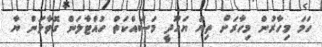
ހަމަ މިހާރުން މިހާރަށް ތިޔަ ޔަހޫދީ މަސައްކަތް ހުއްޓާލަން ގޮވާލަން ޔާ